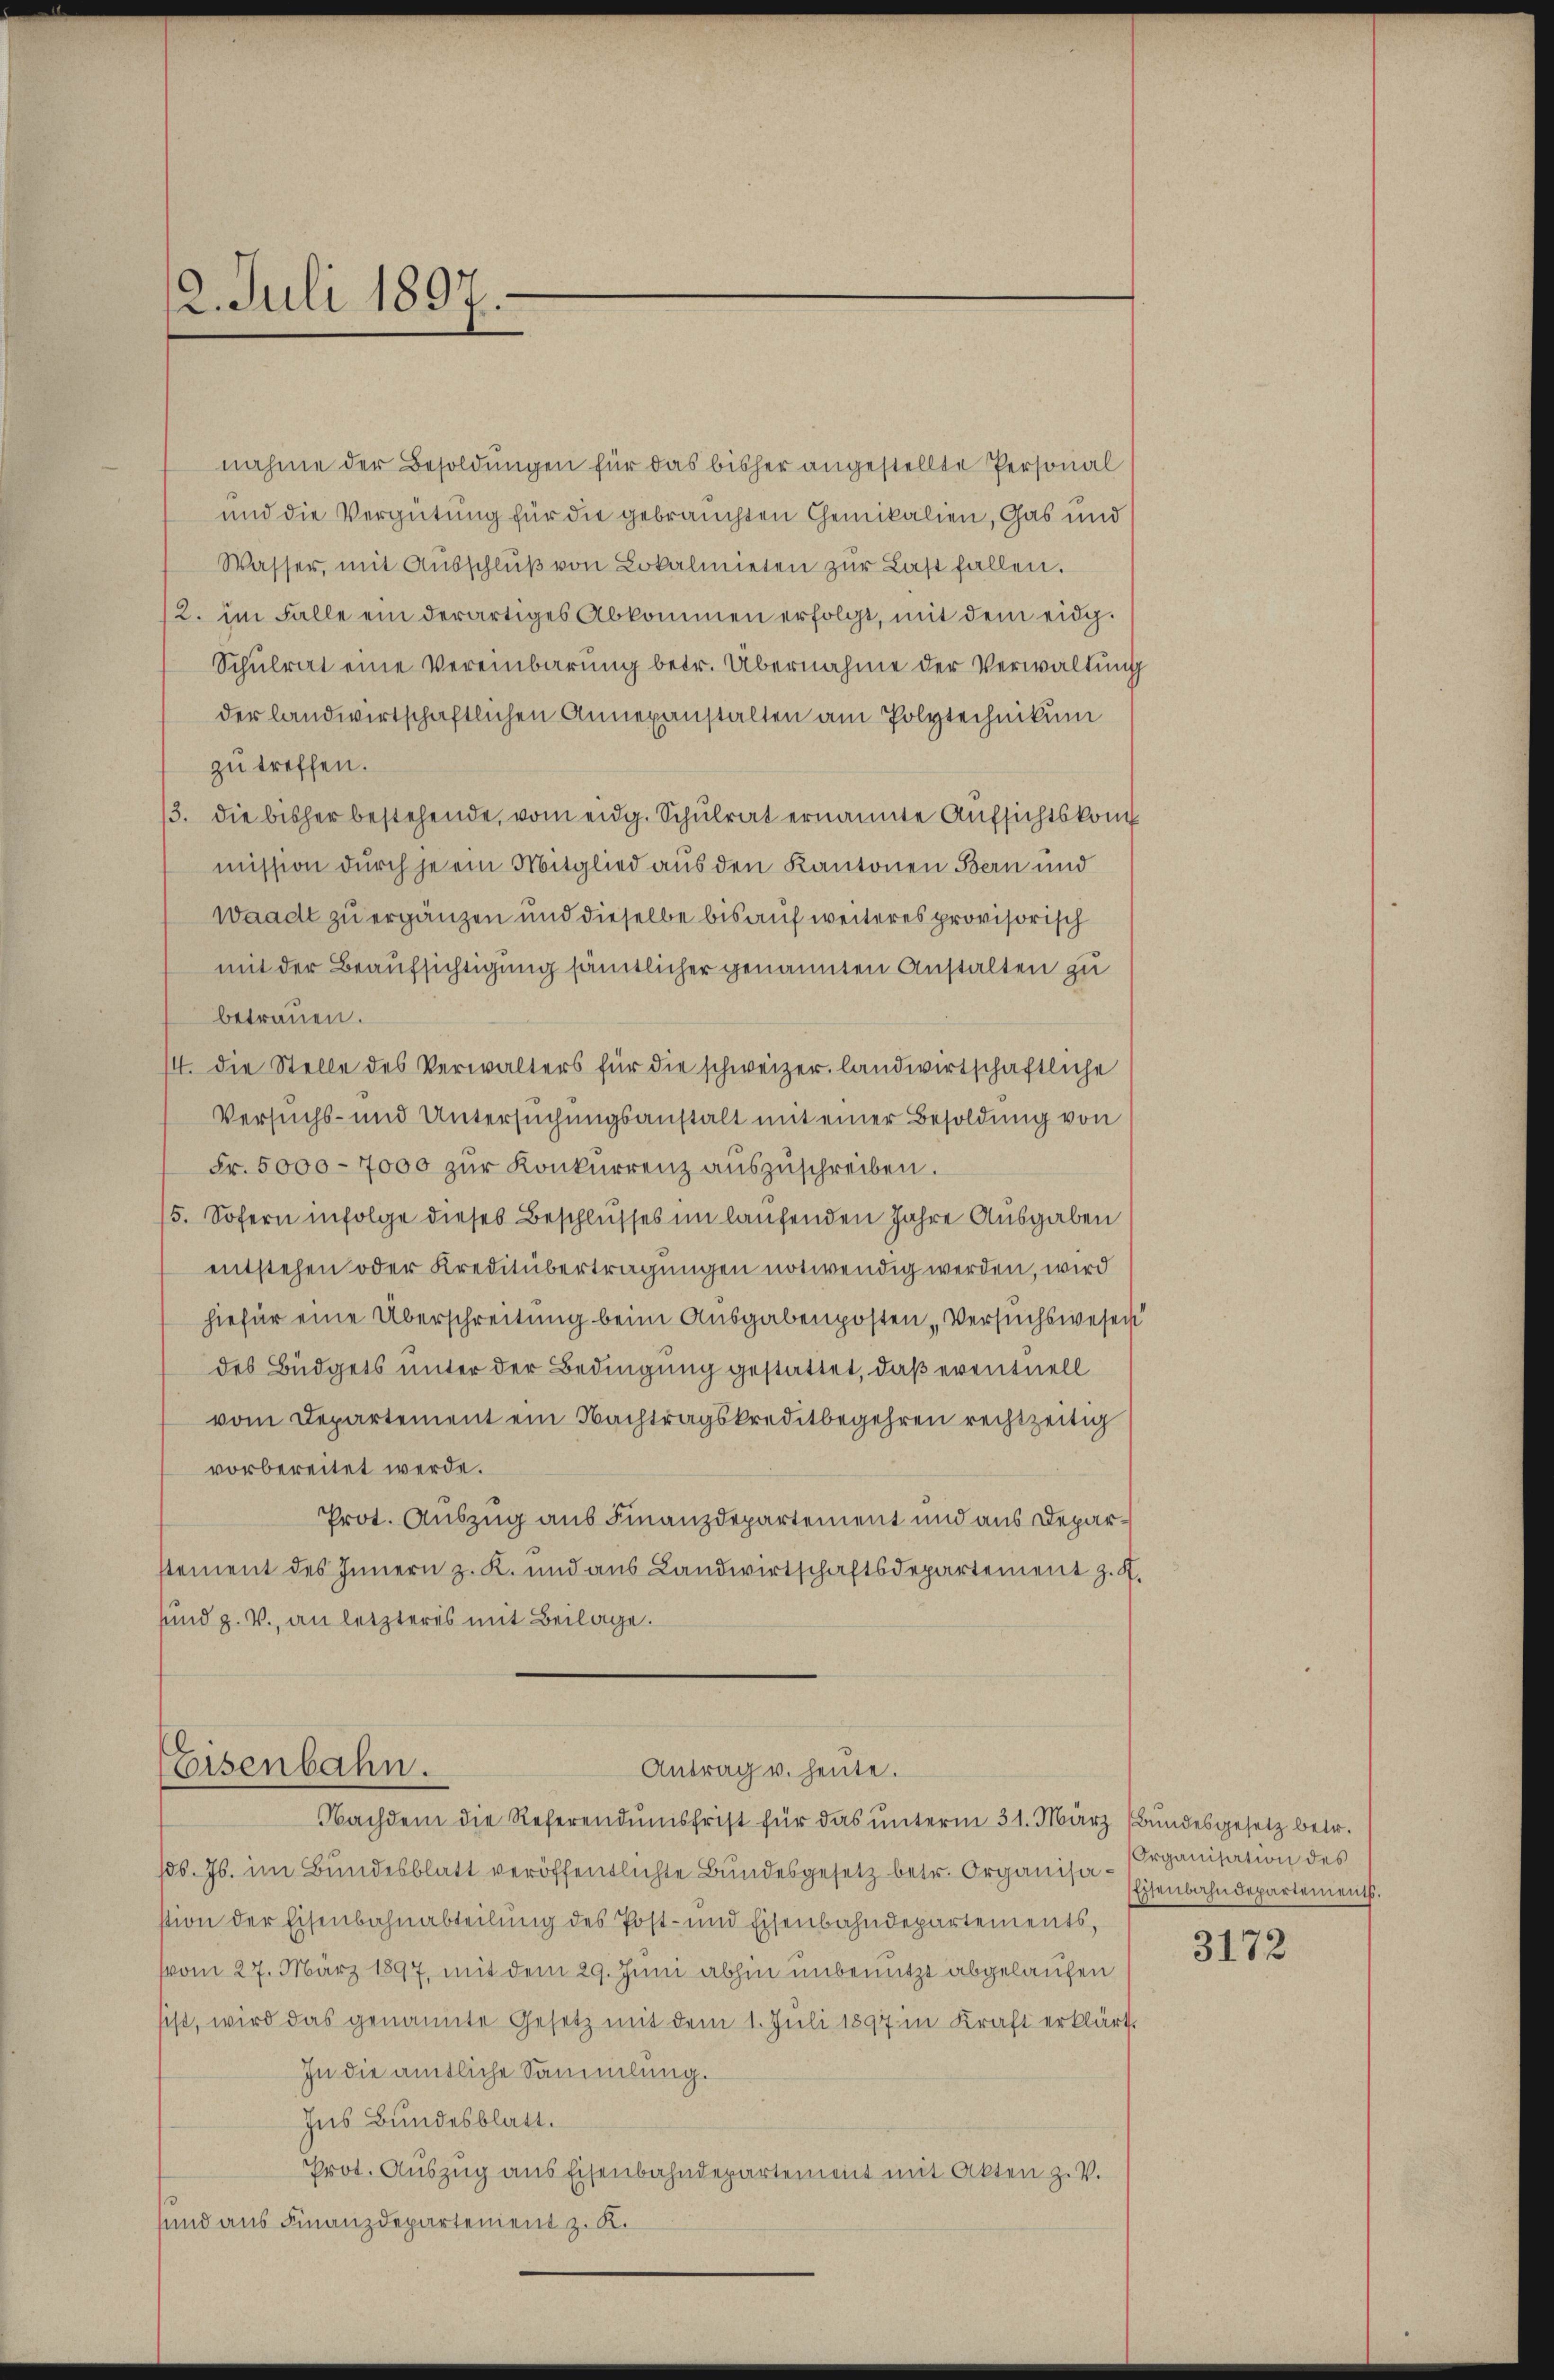
12. Juli 1897.

nahme der Besoldungen für das bisher angestellte Personal
und die Vergütung für die gebrauchten Chemikalien, Gas und
Wasser, mit Aŭsschlŭβ von Lokalmieten zŭr Last fallen.
2. im Falle ein derartiges Abkommen erfolgt, mit dem eidg.
Schulrat eine Vereinbarung betr. Übernahme der Verwaltung
der landwirtschaftlichen Annexanstalten am Polytechnikum
zu treffen.
3. die bisher bestehende, vom eidg. Schulrat ernannte Aufsichtskom
mission durch je ein Mitglied aus den Kantonen Bern und
Waadt zu ergänzen und dieselbe bis auf weiteres provisorisch
mit der Beaufsichtigung sämtlicher genannten Anstalten zu
betrauen.
/4. die Stelle des Verwalters für die schweizer landwirtschaftliche
Versuchs- und Untersuchungsanstalt mit einer Besoldung von
Fr. 5000 - 7000 zŭr Konkurrenz auszuschreiben.
5. Sofern infolge dieses Beschlusses im laufenden Jahre Ausgaben
entstehen oder Kreditübertragungen notwendig werden, wird
hiefür eine Überschreitung beim Ausgabenposten Versuchswesen
des Büdgets unter der Bedingung gestattet, daß eventuell
vom Departement ein Nachtragskreditbegehren rechtzeitig
vorbereitet werde.
Prot. Auszug aus Finanzdepartement und aus Deparstement des Innern z. K. und aus Landwirtschaftsdepartement z. K
sund z. V., an letzteres mit Beilage.

Eisenbahn.
Antrag u. heute.
Nachdem die Referendumsfrist für das unterm 31. März (Bundesgesetz betr.

16. Js. im Bundesblatt veröffentlichte Bundesgesetz betr. Organisastion der Eisenbahnabteilung des Post- und Eisenbahndepartements,
(vom 27. März 1897, mit dem 29. Juni abhin unbenutzt abgelaufen
sist, wird das genannte Gesetz mit dem 1. Juli 1897 in Kraft erklärt,
In die amtliche Sammlung.
Ins Bundesblatt.
Prot. Auszug aus Eisenbahndepartement mit Akten z. V.
und aus Finanzdepartement z. K.

g
d
¬

Organisation des
Eisenbahndepartements.

3172